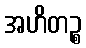
အဟိတဉ္စ